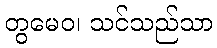
တွမေဝ၊ သင်သည်သာ